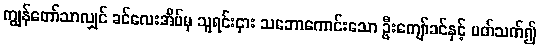
ကျွန်တော်သာလျှင် ခင်လေးအိမ်မှ သူရင်းငှား သဘောကောင်းသော ဦးကျော်ခင်နှင့် ပတ်သက်၍